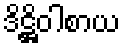
ဒိဋ္ဌိဝါစာယ